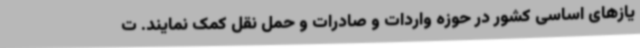
یازهای اساسی کشور در حوزه واردات و صادرات و حمل نقل کمک نمایند. ت